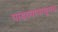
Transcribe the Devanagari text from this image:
पाडव्यापासूनच